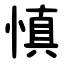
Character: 慎